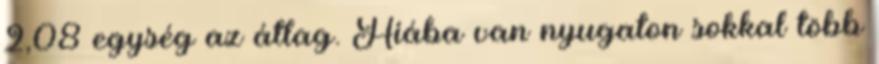
2,08 egység az átlag. Hiába van nyugaton sokkal több